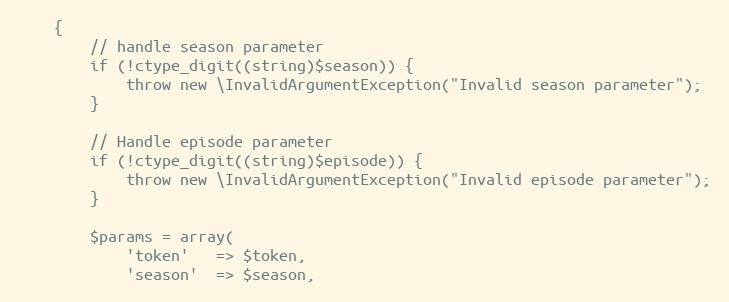
Language: PHP
    {
        // handle season parameter
        if (!ctype_digit((string)$season)) {
            throw new \InvalidArgumentException("Invalid season parameter");
        }

        // Handle episode parameter
        if (!ctype_digit((string)$episode)) {
            throw new \InvalidArgumentException("Invalid episode parameter");
        }

        $params = array(
            'token'   => $token,
            'season'  => $season,